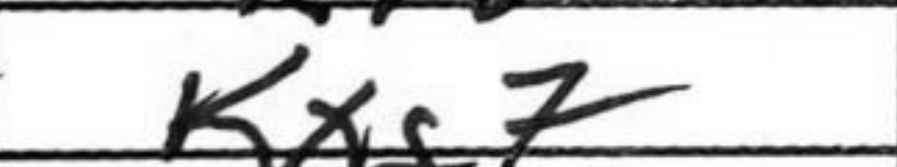
Transcription: Kxg7